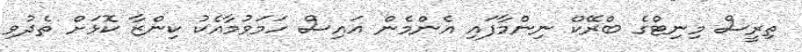
ތިރީސް މިނިޓްގެ ބްރޭކް ނިންމާފައި އެންމެން އައިސް ހަމަވުމާއެކު ކިންޒާ ކޮޅަށް ތެދުވި